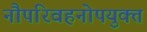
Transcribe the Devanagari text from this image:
नौपरिवहनोपयुक्त